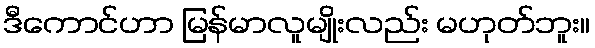
ဒီကောင်ဟာ မြန်မာလူမျိုးလည်း မဟုတ်ဘူး။